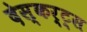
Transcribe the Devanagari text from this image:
देस्कर्ट्स